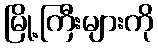
မြို့ကြီးများကို